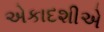
એકાદશીએ